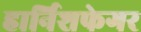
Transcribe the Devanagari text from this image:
हार्निशफेगर